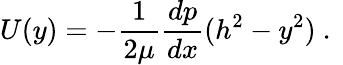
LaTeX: U(y)=-\frac{1}{2\mu}\frac{dp}{dx}(h^{2}-y^{2})\mathrm{~.~}